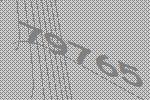
79765